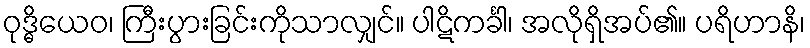
ဝုဒ္ဓိယေဝ၊ ကြီးပွားခြင်းကိုသာလျှင်။ ပါဋိကင်္ခါ၊ အလိုရှိအပ်၏။ ပရိဟာနိ၊